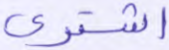
اشترى